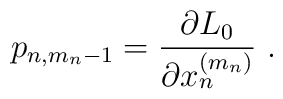
p_{n,m_n-1}=\frac{\partial L_0}{\partial x_n^{(m_n)}}\ .